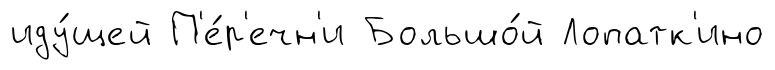
иду́щей П'е́р'ечн'и Большо́й Лопатк'ино